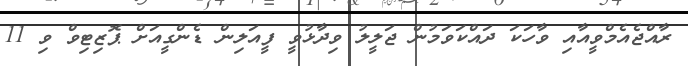
ރާއްޖެއެމްވީއާއި ވާހަކަ ދައްކަވަމުން ޖަލީލު ވިދާޅުވީ ފީއަލިން ޑެންގީއަށް ޕޮޒިޓިވް ވި 11